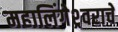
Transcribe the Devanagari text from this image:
महालिंगेश्र्वराचे